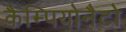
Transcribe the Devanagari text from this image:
कैम्पियोनैटो